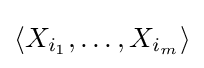
\langle X_{i_{1}},\dots ,X_{i_{m}}\rangle